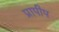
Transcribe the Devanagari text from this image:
प्रापीप